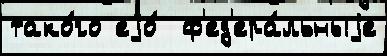
тако́го еjо́  ф'ед'ера́льныjе